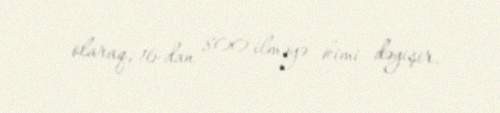
olaraq, 16-dan 800 ilməyə kimi dəyişir.